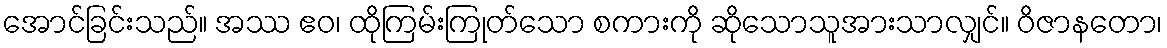
အောင်ခြင်းသည်။ အဿ ဧဝ၊ ထိုကြမ်းကြုတ်သော စကားကို ဆိုသောသူအားသာလျှင်။ ဝိဇာနတော၊